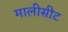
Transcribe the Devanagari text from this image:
मालीसीट